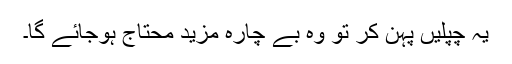
یہ چپلیں پہن کر تو وہ بے چارہ مزید محتاج ہوجائے گا۔